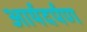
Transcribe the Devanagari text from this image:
आर्यदर्पण